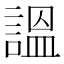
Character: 𧪍